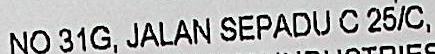
NO 31G, JALAN SEPADU C 25/C.